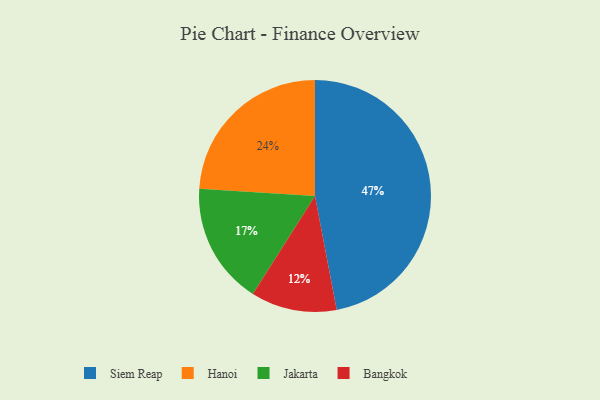
{"axis": {"x": "Category", "y": "Percentage"}, "legend": ["Bangkok", "Hanoi", "Jakarta", "Siem Reap"], "data": [{"x": "Siem Reap", "y": 47, "type": "Siem Reap"}, {"x": "Hanoi", "y": 24, "type": "Hanoi"}, {"x": "Jakarta", "y": 17, "type": "Jakarta"}, {"x": "Bangkok", "y": 12, "type": "Bangkok"}]}